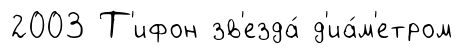
2003 Т'ифон зв'езда́ д'иа́м'етром